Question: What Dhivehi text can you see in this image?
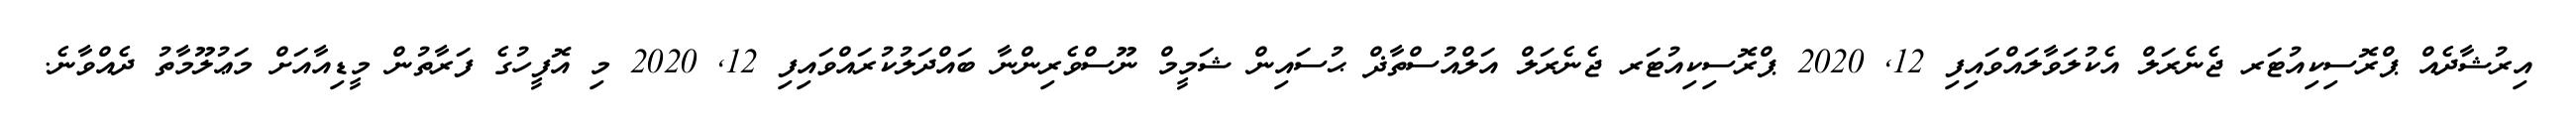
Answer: އިރުޝާދެއް ޕްރޮސިކިއުޓަރ ޖެނެރަލް އެކުލަވާލައްވައިފި 12, 2020 ޕްރޮސިކިއުޓަރ ޖެނެރަލް އަލްއުސްތާޛް ޙުސައިން ޝަމީމް ނޫސްވެރިންނާ ބައްދަލުކުރައްވައިފި 12, 2020 މި އޮފީހުގެ ފަރާތުން މީޑިއާއަށް މަޢުލޫމާތު ދެއްވާނެ.